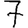
Digit: 7